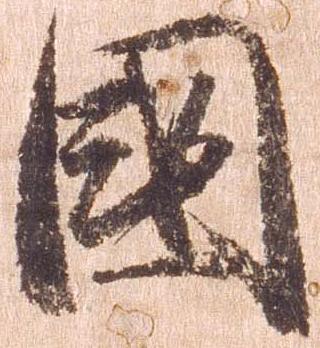
国